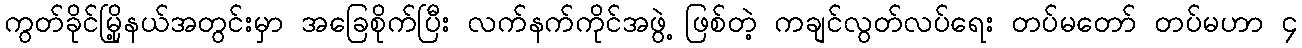
ကွတ်ခိုင်မြို့နယ်အတွင်းမှာ အခြေစိုက်ပြီး လက်နက်ကိုင်အဖွဲ့ ဖြစ်တဲ့ ကချင်လွတ်လပ်ရေး တပ်မတော် တပ်မဟာ ၄